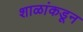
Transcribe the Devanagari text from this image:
शाळांकडून